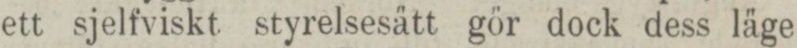
ett sjelfviskt styrelsesätt gör dock dess läge